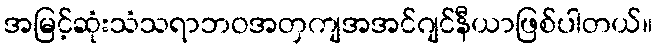
အမြင့်ဆုံးသံသရာဘဝအတှကျအအင်ဂျင်နီယာဖြစ်ပါတယ်။